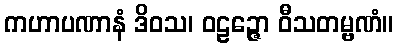
ကဟာပဏာနံ ဒိဝသ၊ ဝဠဉ္ဇော ဝီသတမ္ဗဏံ။